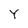
Character: Y